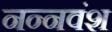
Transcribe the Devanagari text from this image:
नन्नवंश